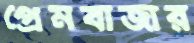
প্রেমবাজার